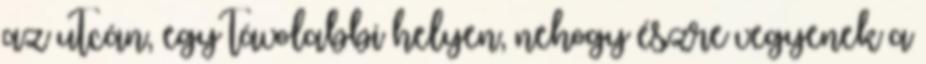
az utcán, egy távolabbi helyen, nehogy észre vegyenek a